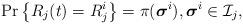
LaTeX: \begin{align*}{\Pr}\left\{ R_j(t) = R_j^i \right\} = \pi(\boldsymbol{\sigma} ^i), {\boldsymbol{\sigma} ^i} \in {\cal{I}}_j,\end{align*}